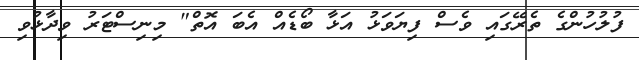
ފުލުހުންގެ ތެރޭގައި ވެސް ފިޔަވަޅު އަޅާ ބޯޑެއް އެބަ އޮތް" މިނިސްޓަރު ވިދާޅުވި